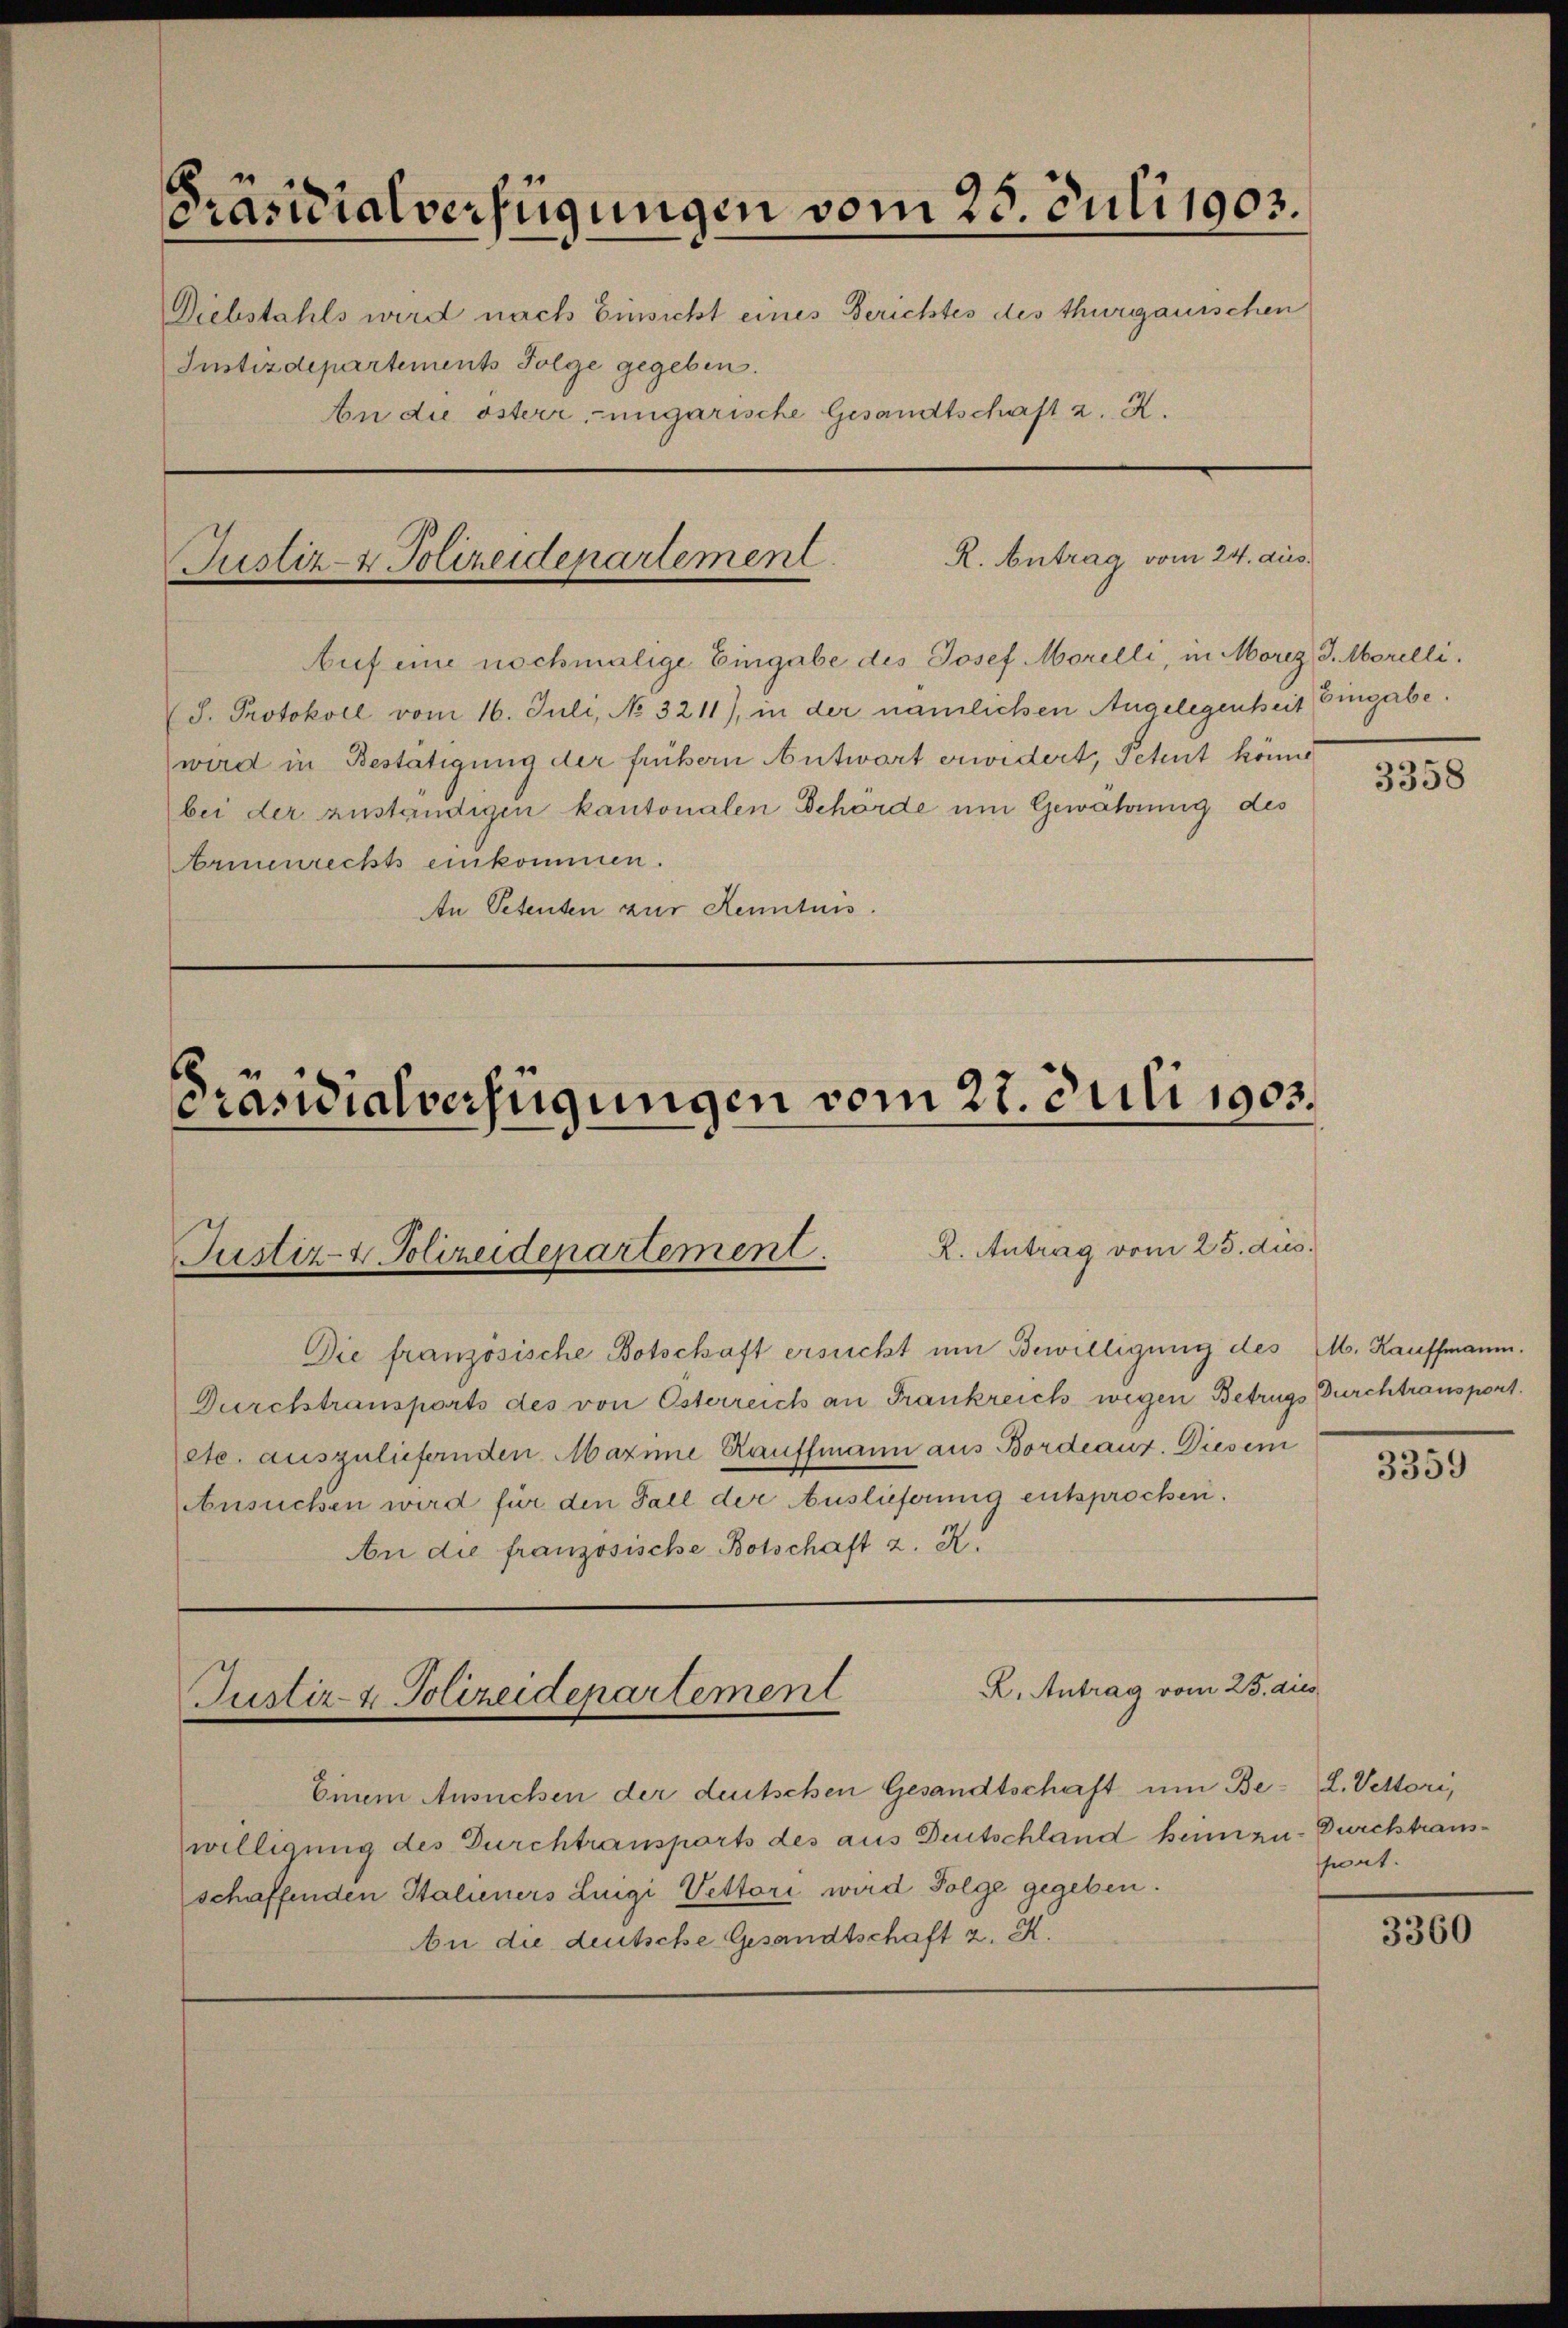
Präsidialverfügungen vom 25. Juli 1903.
Diebstahls wird nach Einsicht eines Berichtes des thurgauischen
Instizdepartements Folge gegeben.
An die österr. ungarische Gesandtschaft z. R.

R. Antrag vom 24. aus.
Justiz- & Polizeidepartement

Auf eine nochmalige Eingabe des Josef Morelli, in Morez J. Morelli.
J. Protokoll vom 16. Juli, No 3211), in der nämlichen Angelegenheit
wird in Bestätigung der frühern Antwort erwidert, Petent könne
bei der zuständigen kantonalen Behörde um Gewährung des
Armenrechts einkommen.
An Petenten zur Kenntnis.

6

Präsidialverfügungen vom 27. Juli 1903.
R. Antrag vom 25. dus.
Justiz- & Polizeidenartement.

Die französische Botschaft ersucht um Bewilligung des M. Kauffmann.
Durchtransports des von Österreich an Frankreich wegen Betrugs Durchtransport.
etc. auszuliefernden Maxime Rauffmann aus Bordeaus. Diesem
Ansuchen wird für den Fall der Auslieferung entsprochen.
An die französische Botschaft z. R.

R. Antrag vom 25. dies
Justiz- & Polizeidepartement

Einem Ansuchen der deutschen Gesandtschaft um Bewilligung des Durchtransports des aus Deutschland heimzu- Durchtrausschaffenden Stalieners Luigi Uettori wird Folge gegeben.
An die deutsche Gesandtschaft 2. K.

Eingabe.

3358

3359

L. Vetteri,
short.

3360